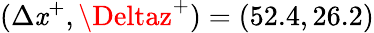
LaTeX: (\Delta\mathit{x}^{+},\Deltaz^{+})=(52.4,26.2)